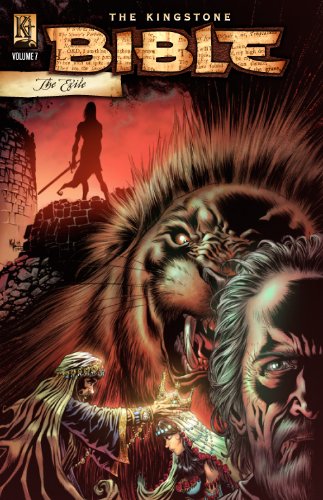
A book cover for The Kingstone Bible: Volume 7; Various Kingstone Authors; Comics & Graphic Novels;